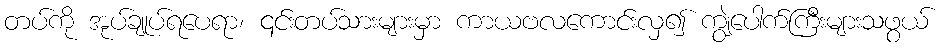
တပ်ကို အုပ်ချုပ်ရပေရာ၊ ၎င်းတပ်သားများမှာ ကာယဗလကောင်းလှ၍ ကျွဲပေါက်ကြီးများသဖွယ်